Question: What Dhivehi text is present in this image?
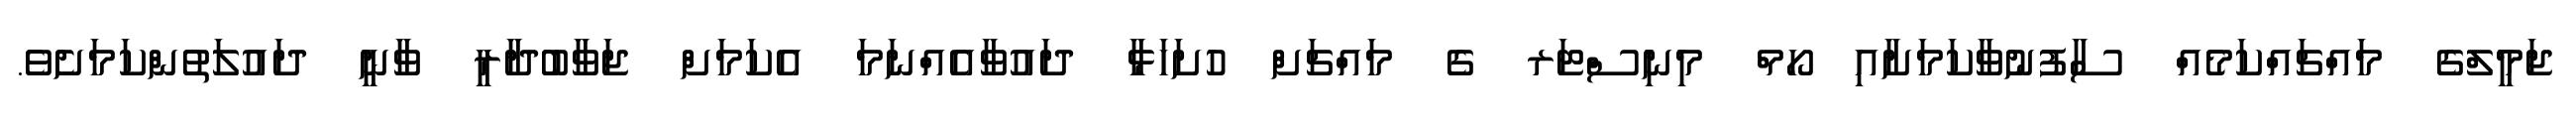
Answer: ޖަމީލްގެ މައްޗައްކަމެއް ސާފުނުވާކަމަށާއި ހޯމް މިނިސްޓަރ ގެ މައްޗަށް ހުށަހަޅާ ދައުވާއެއްނަމަ އެކަމަށް ޖަވާބުދާރީ ވާނީ ދައުލަތުންކަމަށެވެ.